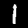
Label: 1